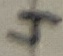
Text: 4